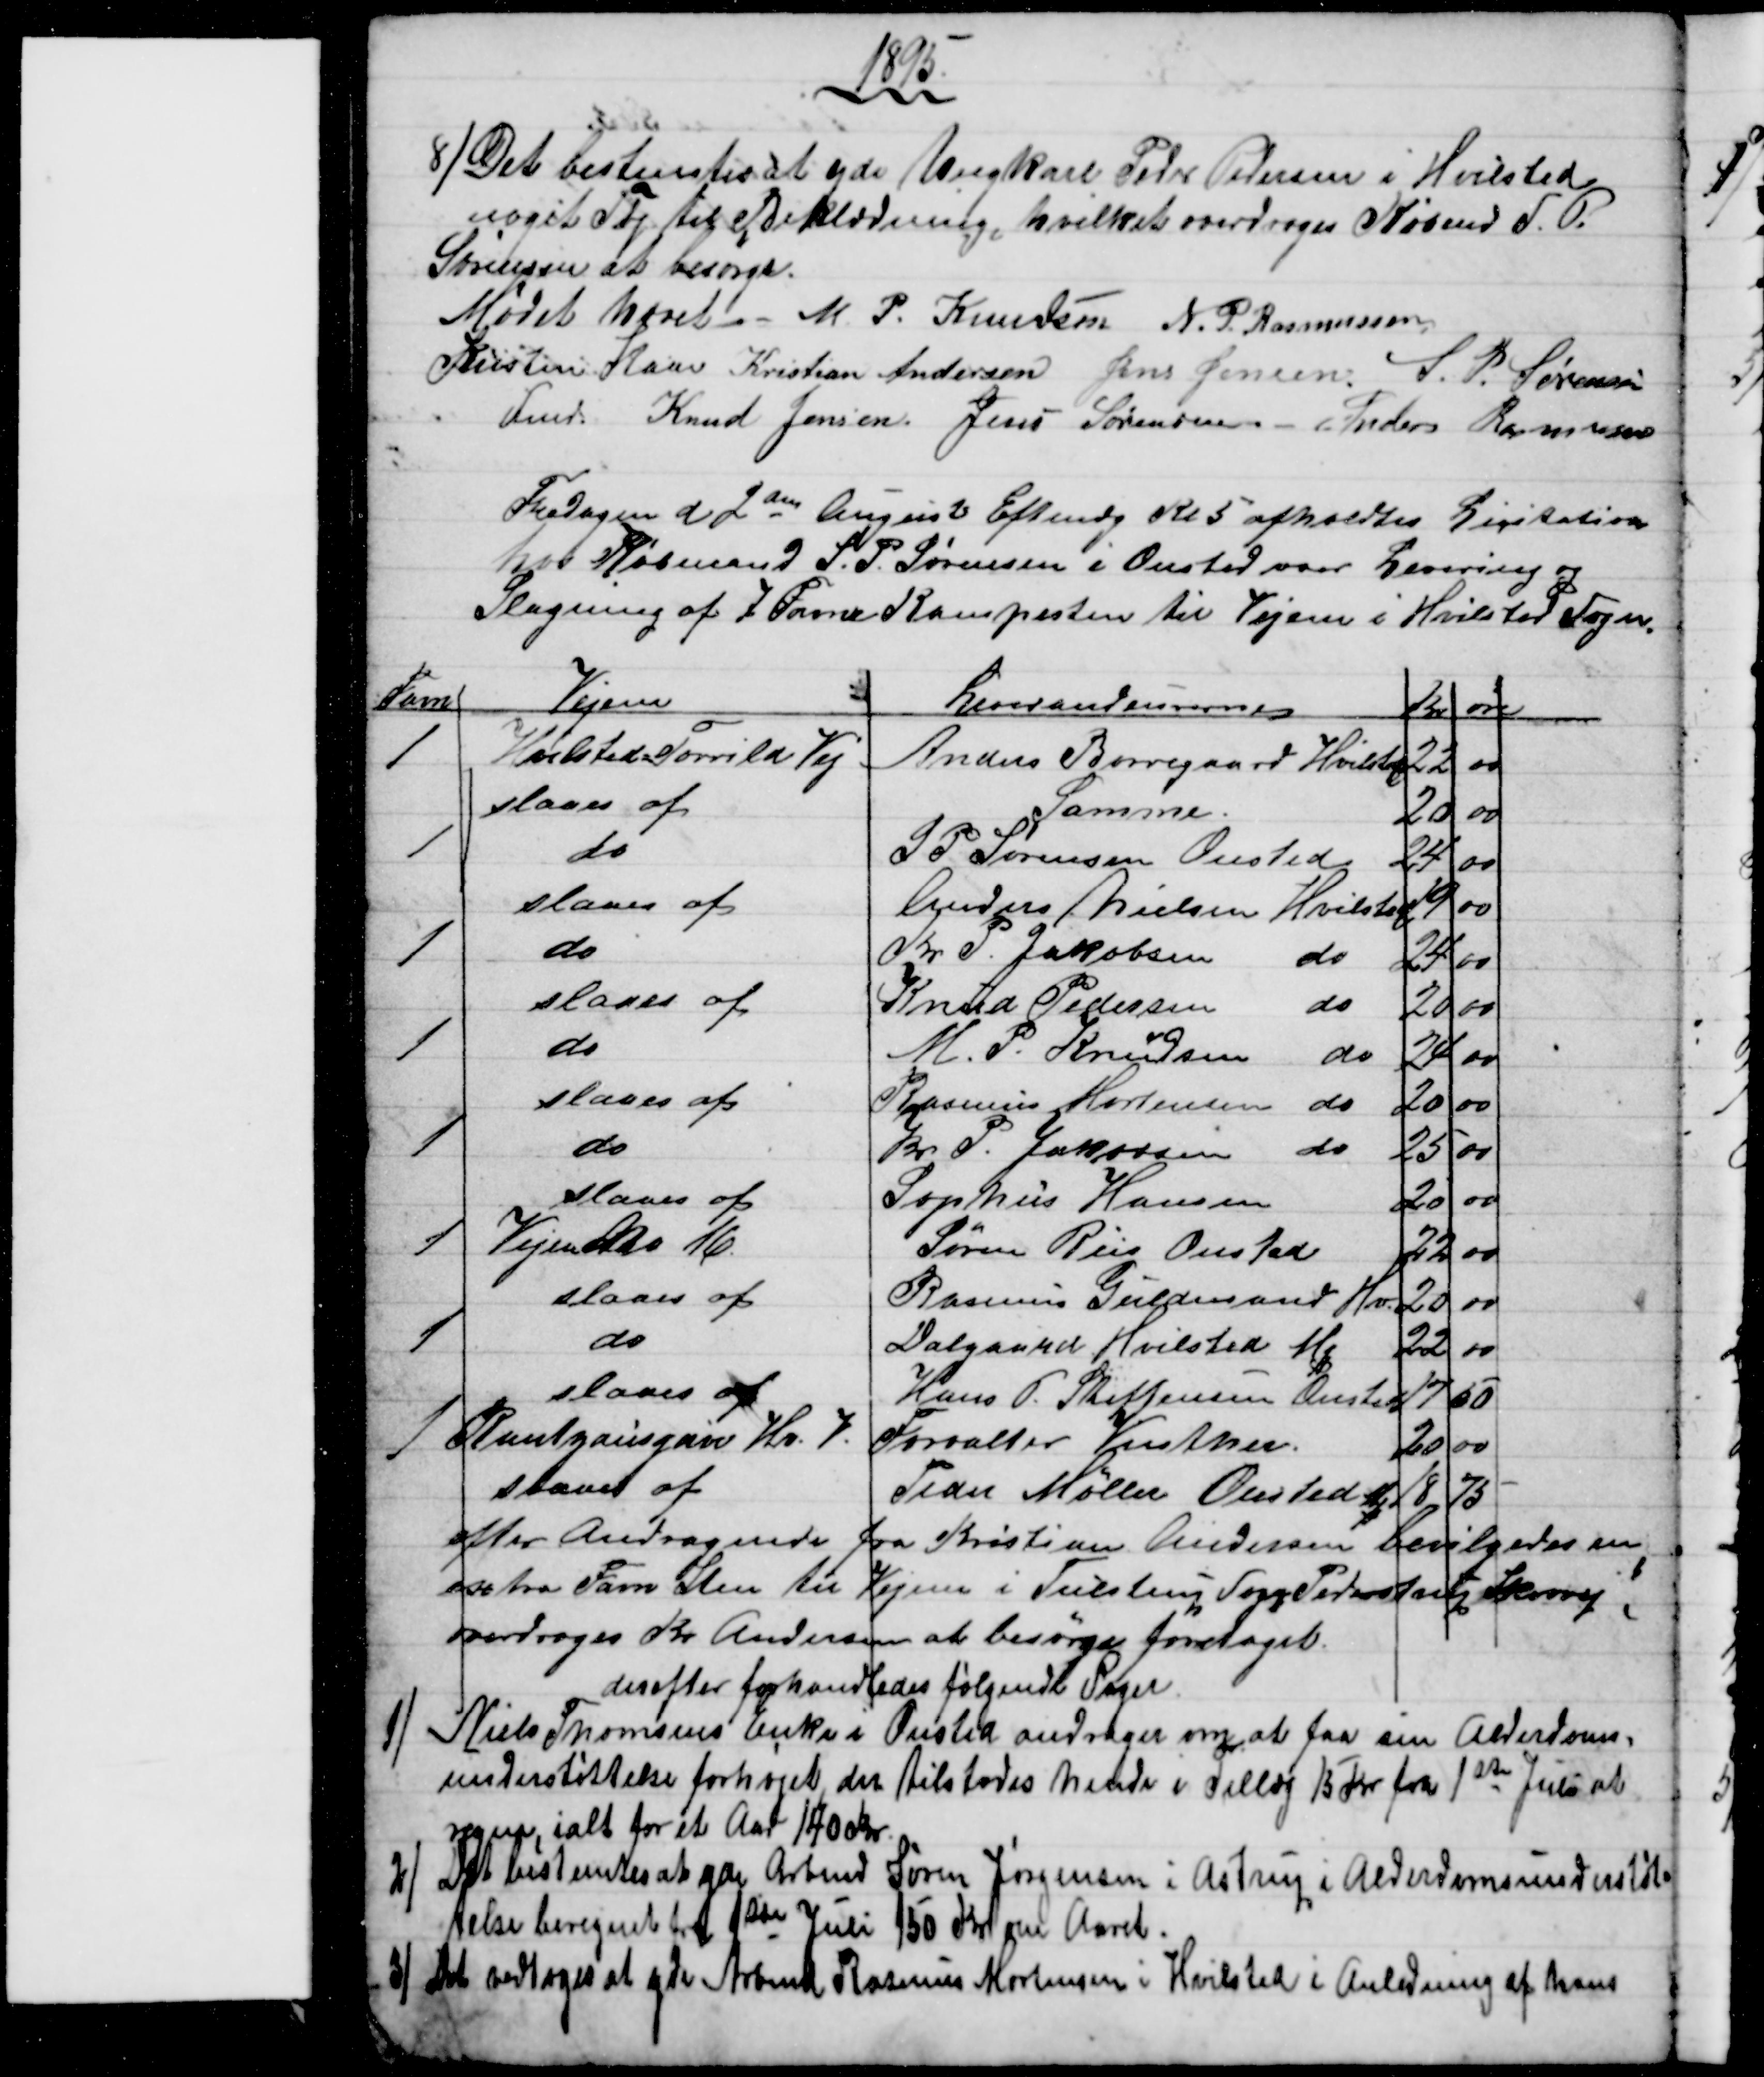
Transskription:
1895.
8) Det bestemtes at yde Ungkarl Peder Pedersen i Hvilsted
noget Tøj til Beklædning, hvilket overdroges Købmd S. P.
Sørensen at besørge.
Mødet hævet. M. P. Knudsen N. P. Rasmussen
Kristen Kaae 
Fmd. 
Kristian Andersen Jens Jensen. S. P. Sørensen
Knud Jensen. Jens Sørensen - Anders Rasmussen
Fredagen d. 2den August Eftmdg Kl. 5 afholdtes Licitation
hos Købmand S. P. Sørensen i Onsted over Levering og
Slagning af 7 Favne Kampesten til Vejene i Hvilsted Sogn.
Favn
Vejene
Leverandeurerne
Kr 
øre
1
Hvilsted Torrild Vej
Anders Borregaard Hvilsted 
22
00
slaaes af
Samme.
20
00
1
do
S P Sørensen Onsted
24
00
slaaes af
Anders Nielsen Hvilsted
19
00
1
do
Kr. P. Jakobsen do
24
00
slaaes af
Knud Pedersen do
20
00
1
do
M. P. Knudsen do
24
00
slaaes af
Rasmus Mortensen do
20
00
1
do
Kr. P. Jakobsen do
25
00
slaaes af
Sophus Hansen
20
00
1
Vejen No 16.
Søren Riis Onsted
22
00
slaaes af
Rasmus Guldmand Hv.
20
00
1
do
Dalgaard Hvilsted Mk
22
00
slaaes af
Hans P. Steffensen Onsted
17
50
1
Rantzausgave Hv. V.
Forvalter Vinther.
20
00
slaaes af
Peder Møller Onsted Mk
18
75
efter Andragende fra Kristian Andersen bevilgedes en
extra Favn Sten til Vejene i Tulstrup Sogn Pederstrup Skovvej
overdroges Kr. Andersen at besørge foretaget.
derefter forhandledes følgende sager
1) 
Niels Thomsens Enke i Onsted andrager om at faa sin Alderdoms=
understøttelse forhøjet, der tilstodes hende i Tillæg 15 Kr. fra 1ste Juli at
regne, ialt for et Aar 140 Kr.
2) 
Det bestemtes at yde Arbmd Søren Jørgensen i Astrup i Alderdomsunderstøt=
telse beregnet fra 1ste Juli 150 Kr om Aaret.
3) 
Det vedtoges at yde Arbmd. Rasmus Mortensen i Hvilsted i Anledning af hans